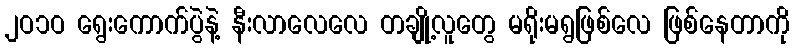
၂ဝ၁ဝ ရွေးကောက်ပွဲနဲ့ နီးလာလေလေ တချို့လူတွေ မရိုးမရွဖြစ်လေ ဖြစ်နေတာကို